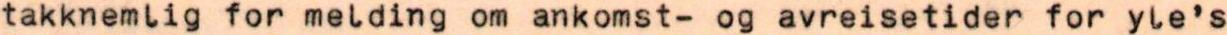
takknemlig for melding om ankomst- og avreisetider for yle's